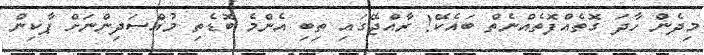
މިދެން ހާދަ ގޮތެއްފޮތެއްނެތް ބައެކޭ! ރާއްޖޭގައި ތިބި އެންމެ ބޮޑެތި މުއްސަދިންނަށް ޕާކިން